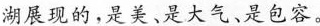
湖展现的，是美、是大气、是包容。